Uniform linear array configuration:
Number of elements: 64
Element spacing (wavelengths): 0.75
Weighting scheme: cosine
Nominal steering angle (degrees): -60
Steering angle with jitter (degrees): -61.548
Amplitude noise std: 0.05
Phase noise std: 0.05

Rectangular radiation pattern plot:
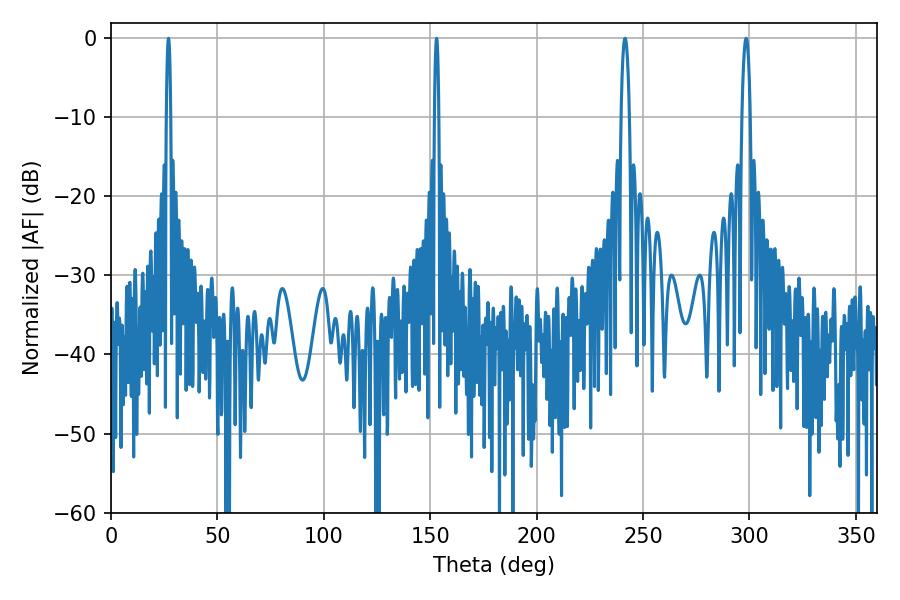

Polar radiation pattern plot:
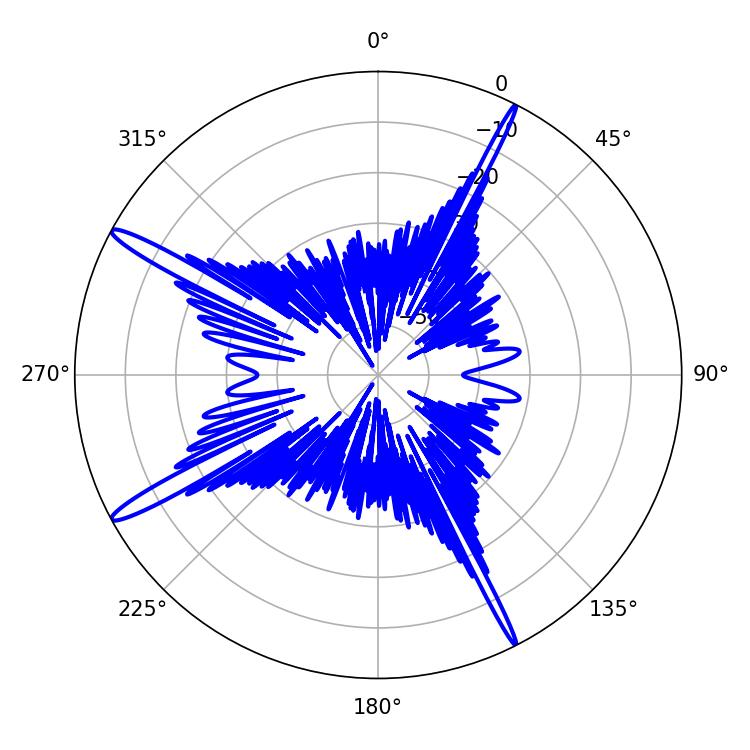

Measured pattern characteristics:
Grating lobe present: TRUE
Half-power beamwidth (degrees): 2.16
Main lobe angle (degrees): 298.44